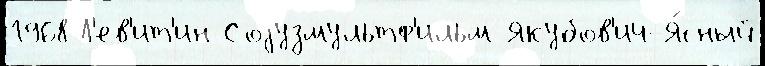
1968 Л'ев'ит'ин Соjузмультф'ильм Якубов'ич-Я́сный